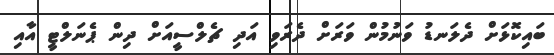
ބައިކޮޅަށް ދެލަނޑު ވަނުމުން ވަރަށް ދެރަވި އަދި ޗެލްސީއަށް ދިން ޕެނަލްޓީ އާއި